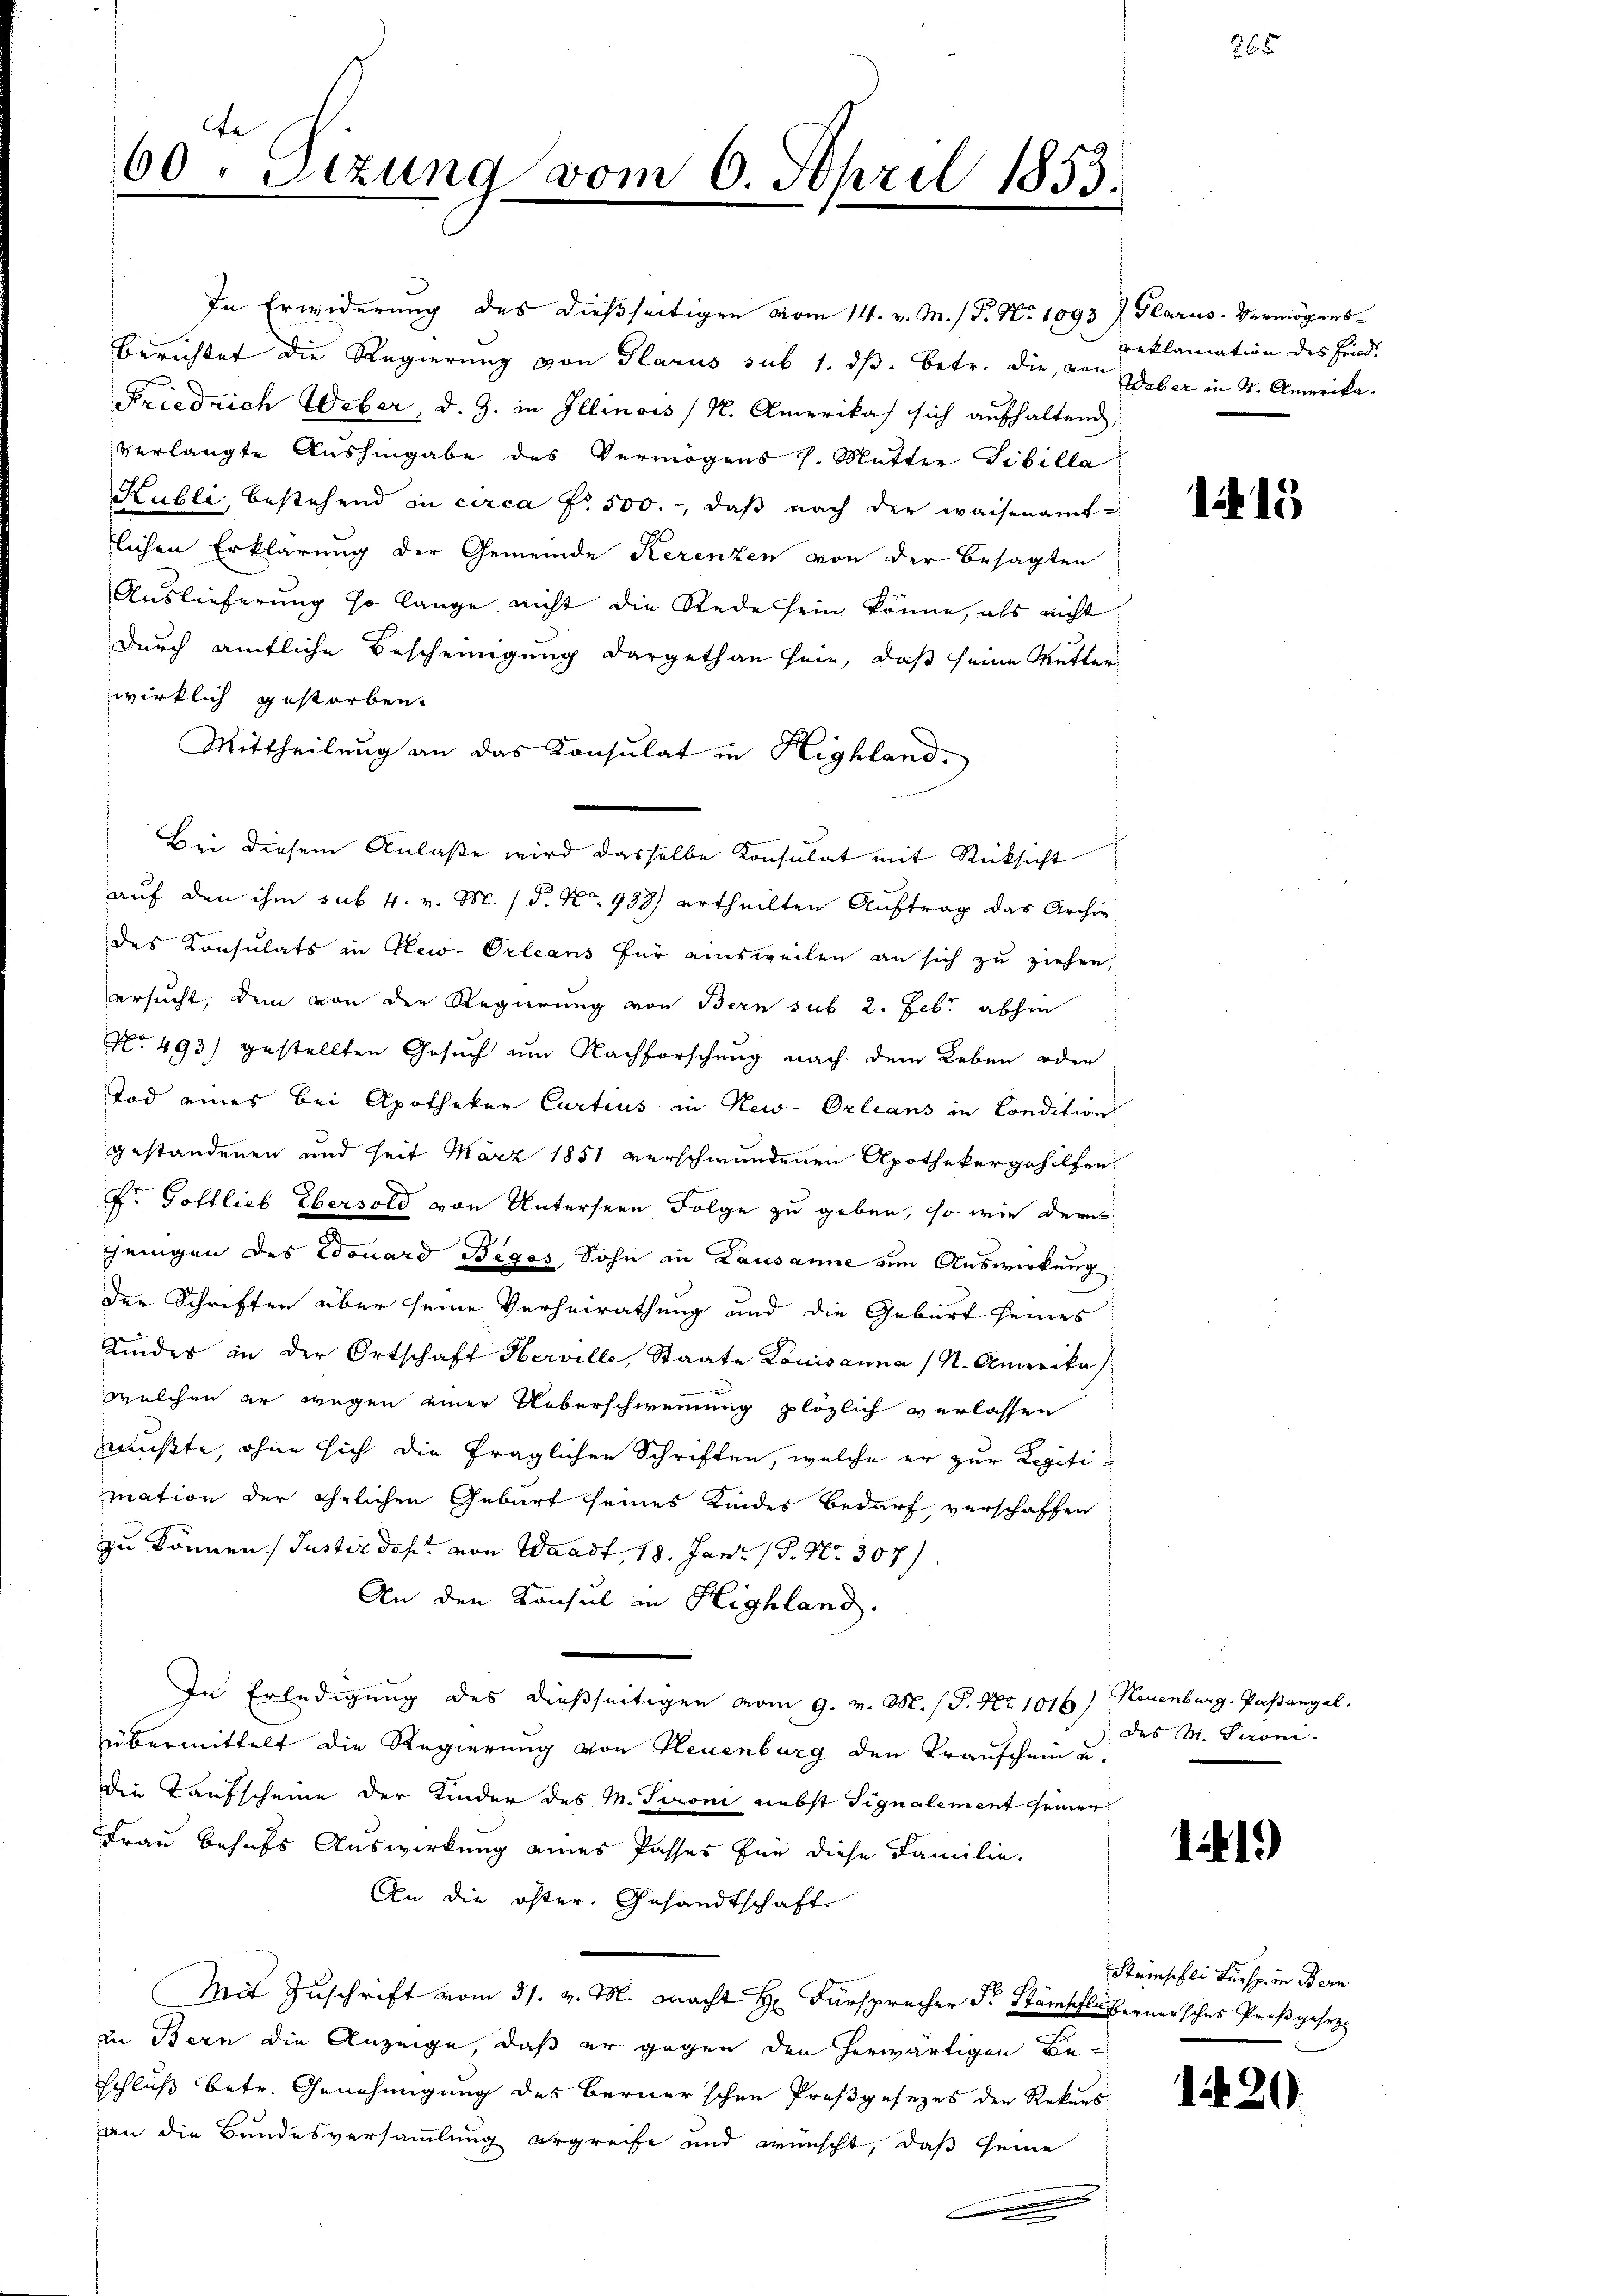
e
60. Sizung vom 6. April 1853.

In Erwiderung des dießseitigen vom 14. v. M. (T. No 1093) Glarus. Vermögens¬
Berichtet die Regierung von Glarus sub 1. ds. betr. die, von Weber in K. Amerika¬
Friedrich Weber, d. J. in Illinois (N. Amerikas sich aufhaltend
verlangte Aushingabe des Vermögens J. Mutter Tibilla
Kubli, bestehend in circa Fr. 500.-, daß nach der waisenamtlichen Erklärung der Gemeinde Kerenzen von der besagten
Auslieferung so lange nicht die Rede sein könne, als nicht
durch amtliche Bescheinigung dargethan sein, daß seine Mutter
wirklich gestorben.
Mittheilung an das Konsulat in Highland.
Bei diesem Anlaße wird dasselbe Konsulat mit Rücksicht
auf den ihm sub. 4. v. M. / P. Nr. 958) ertheilten Auftrag das Archiv
des Konsulats in New-Orleans für einsweilen an sich zu ziehen,
ersucht, dem von der Regierung von Bern sub. 2. Febr. abhin
No 493) gestellten Gesuch am Nachforschung nach dem Leben oder
Tod eines bei Apotheker Curtius in New-Orleans in Condition
gestandenen und seit März 1851 verschwundenen Apothekergehilfen,
Fr Gottlieb Ebersold von Unterseen Folge zu geben, so wie der
jeingen des Edouard Beges Sohn in Lausanne um Auswirkung
der Schriften über seine Verheirathung und die Geburt seines
Kindes in der Ortschaft Herville, Staate Louisanna (N. Amerika /:
welchen er wegen einer Ueberschweinung plözlich verlassen
mußte, ohne sich die fraglichen Schriften, welche er zur Legitimation der ehelichen Geburt seines Kindes bedarf, verschaffen
zu können Justizdep. von Waadt 18. Jani (S. Nr. 307/
An den Konsul in Highland.
In Erledigŭng des dießseitigen vom 9. v. M. P. Nr. 1016) Neuenburg. Pastangel.
übermittelt die Regierung von Neuenburg den Krauschein u.
die Kaufscheine der Kinder des M. Pironi nebst Signalement seiner
Frau behufs Auswirkung eines Passes für diese Familie.
An die öster Gesandtschaft
Mit Zuschrift vom 31. v. M. macht Hr. Fürspracher Fr. Stämschle berner sches Preßgesetz
in Bern die Anzeige, daß er gegen den herwärtigen Beschluß betr. Genehmigung des Berner’schen Preßgesezes den Rekurs
an die Bundesversammlung ergreife und wünscht, daß seine
|

reklamation des Fried.

26

1215)

des M. Peroni-

1419)

Steinschli Fürsp. in Bern

1420